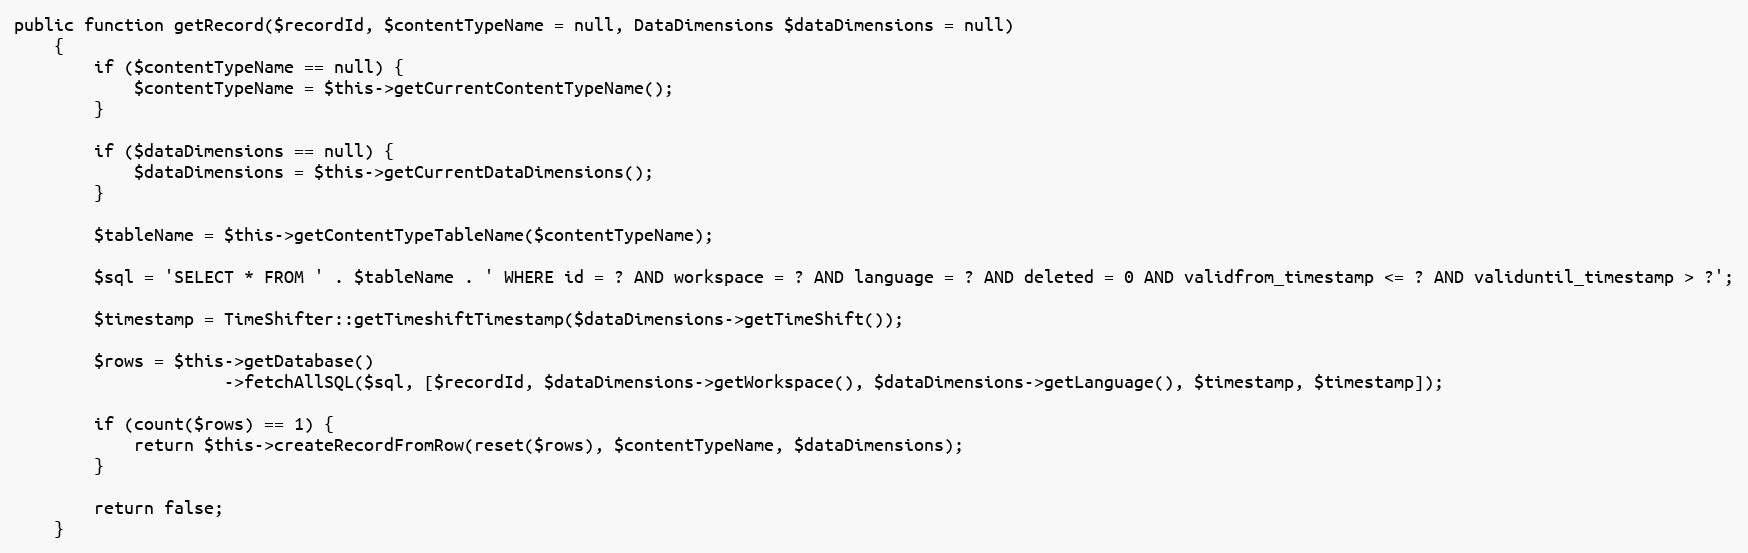
Language: PHP
public function getRecord($recordId, $contentTypeName = null, DataDimensions $dataDimensions = null)
    {
        if ($contentTypeName == null) {
            $contentTypeName = $this->getCurrentContentTypeName();
        }

        if ($dataDimensions == null) {
            $dataDimensions = $this->getCurrentDataDimensions();
        }

        $tableName = $this->getContentTypeTableName($contentTypeName);

        $sql = 'SELECT * FROM ' . $tableName . ' WHERE id = ? AND workspace = ? AND language = ? AND deleted = 0 AND validfrom_timestamp <= ? AND validuntil_timestamp > ?';

        $timestamp = TimeShifter::getTimeshiftTimestamp($dataDimensions->getTimeShift());

        $rows = $this->getDatabase()
                     ->fetchAllSQL($sql, [$recordId, $dataDimensions->getWorkspace(), $dataDimensions->getLanguage(), $timestamp, $timestamp]);

        if (count($rows) == 1) {
            return $this->createRecordFromRow(reset($rows), $contentTypeName, $dataDimensions);
        }

        return false;
    }